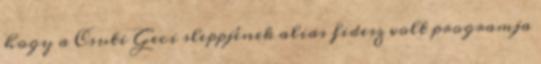
hogy a Csuti Geci sleppjének alias fidesz volt programja